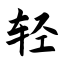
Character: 轻